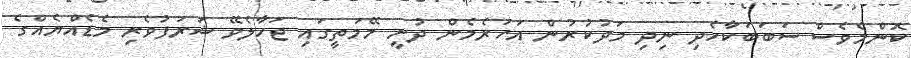
ކޮންމެވެސް ސަބަބަކާހެދި ނިދި މަދުކުރުން އަހަރެމެން ދުށީ މޭމަތީގައި ޖަހާލެވޭ ޝަރަފުވެރި މެޑެއްޔެއްގެ